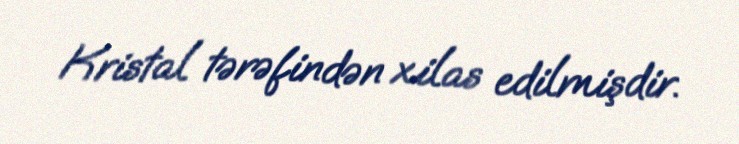
Kristal tərəfindən xilas edilmişdir.